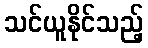
သင်ယူနိုင်သည့်